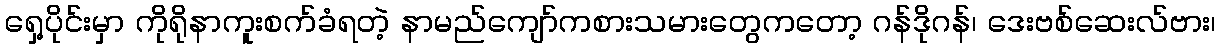
ရှေ့ပိုင်းမှာ ကိုရိုနာကူးစက်ခံရတဲ့ နာမည်ကျော်ကစားသမားတွေကတော့ ဂန်ဒိုဂန်၊ ဒေးဗစ်ဆေးလ်ဗား၊